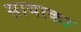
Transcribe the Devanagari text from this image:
सायाका